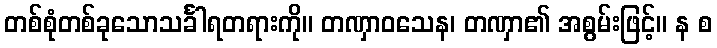
တစ်စုံတစ်ခုသောသင်္ခါရတရားကို။ တဏှာဝသေန၊ တဏှာ၏ အစွမ်းဖြင့်။ န စ